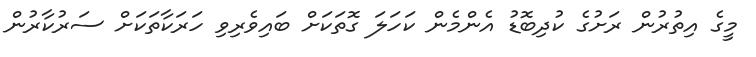
މީގެ އިތުރުން ރަށުގެ ކުދިބޮޑު އެންމެން ކަހަލަ ގޮތަކަށް ބައިވެރިވި ހަރަކާތަކަށް ސަރުކާރުން